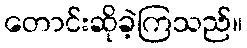
တောင်းဆိုခဲ့ကြသည်။